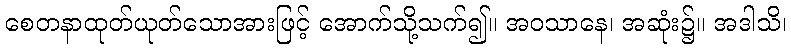
စေတနာထုတ်ယုတ်သောအားဖြင့် အောက်သို့သက်၍။ အဝသာနေ၊ အဆုံး၌။ အဒါသိ၊